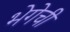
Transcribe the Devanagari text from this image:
भेगेची